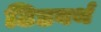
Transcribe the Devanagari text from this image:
टिडवर्थ